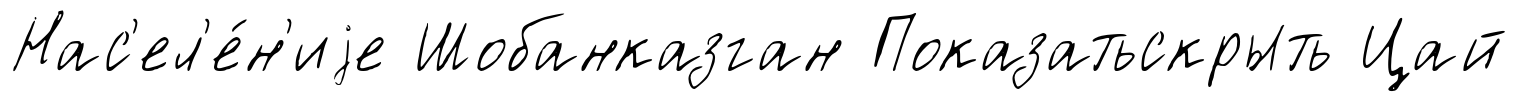
Нас'ел'е́н'иjе Шобанказган Показатьскрыть Цай